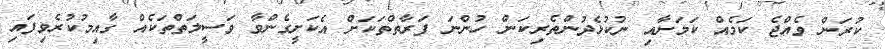
ކުރަން ވެއްޖެ ކަމެއް ކަމަށާއި ނުކުޅެދުންތެރިކަން ހުންނަ ފަރާތްތަކަށް އެކަށީގެންވާ ވަސީލަތްތަކެއް ގާއިމުކުރެވިފައި